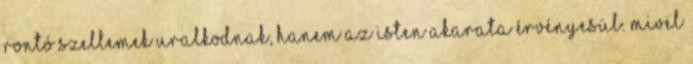
rontó szellemek uralkodnak, hanem az Isten akarata érvényesül. Mivel